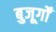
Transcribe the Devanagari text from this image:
बुजूर्गों